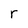
Character: r